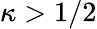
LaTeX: \kappa>1/2